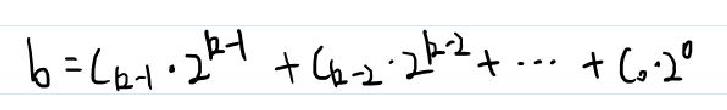
\[ b = c_{k - 1} \cdot 2^{k - 1} + c_{k - 2} \cdot 2^{k - 2} + \cdots + c_{0} \cdot 2^{0} \]